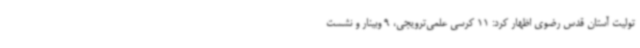
تولیت آستان قدس رضوی اظهار کرد: 11 کرسی علمی‌ترویجی، 9 وبینار و نشست